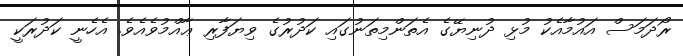
ރޯދަމަސް އައުމާއެކު މުޅި ދުނިޔޭގެ އެތަންމިތަނުގައި ކަދުރުގެ ވިޔަފާރި ޢާއްމުވެއެވެ. އެހެނީ ކަދުރަކީ